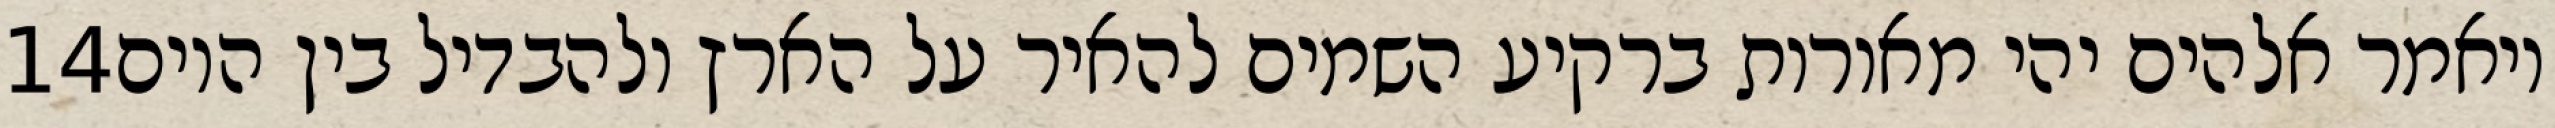
‎14‏ ויאמר אלהים יהי מאורות ברקיע השמים להאיר על הארץ ולהבדיל בין היום